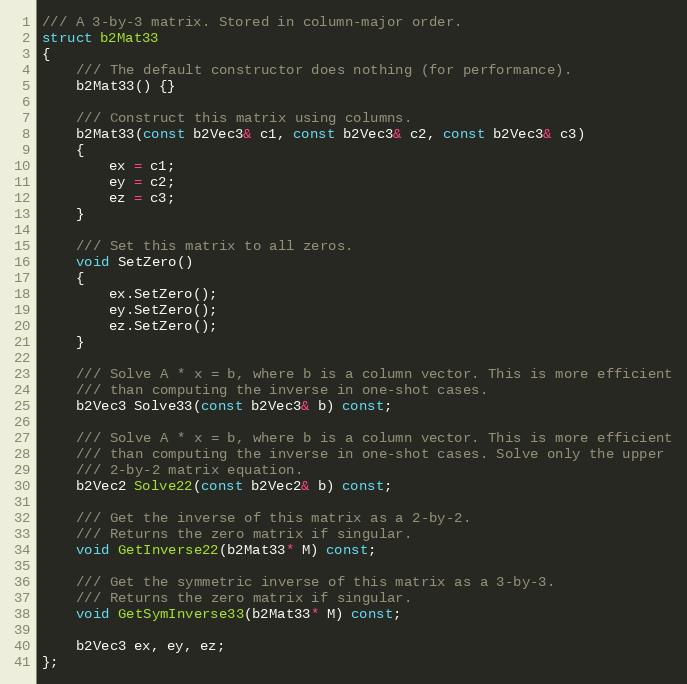
Language: C
/// A 3-by-3 matrix. Stored in column-major order.
struct b2Mat33
{
	/// The default constructor does nothing (for performance).
	b2Mat33() {}

	/// Construct this matrix using columns.
	b2Mat33(const b2Vec3& c1, const b2Vec3& c2, const b2Vec3& c3)
	{
		ex = c1;
		ey = c2;
		ez = c3;
	}

	/// Set this matrix to all zeros.
	void SetZero()
	{
		ex.SetZero();
		ey.SetZero();
		ez.SetZero();
	}

	/// Solve A * x = b, where b is a column vector. This is more efficient
	/// than computing the inverse in one-shot cases.
	b2Vec3 Solve33(const b2Vec3& b) const;

	/// Solve A * x = b, where b is a column vector. This is more efficient
	/// than computing the inverse in one-shot cases. Solve only the upper
	/// 2-by-2 matrix equation.
	b2Vec2 Solve22(const b2Vec2& b) const;

	/// Get the inverse of this matrix as a 2-by-2.
	/// Returns the zero matrix if singular.
	void GetInverse22(b2Mat33* M) const;

	/// Get the symmetric inverse of this matrix as a 3-by-3.
	/// Returns the zero matrix if singular.
	void GetSymInverse33(b2Mat33* M) const;

	b2Vec3 ex, ey, ez;
};